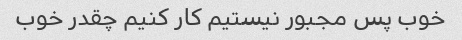
خوب پس مجبور نیستیم کار کنیم چقدر خوب